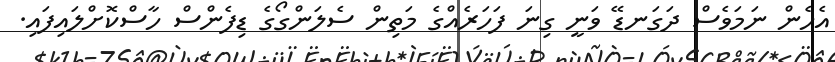
އެހެން ނަމަވެސް ދަގަނޑޭ ވަނީ ގިނަ ފަހަރެއްގެ މަތިން ސެލަންގޯގެ ޑިފެންސް ހާސްކޮށްލައިފައި.